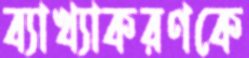
ব্যাখ্যাকরণকে